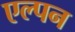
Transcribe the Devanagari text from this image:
एल्पन